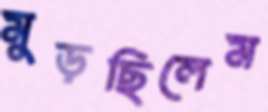
মুড়ছিলেম